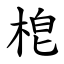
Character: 梎